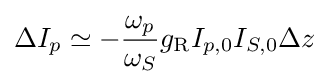
\Delta I_{p}\simeq -{\frac {\omega _{p}}{\omega _{S}}}g_{\mathrm {R} }I_{p,0}I_{S,0}\Delta z